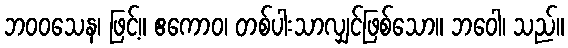
ဘဝဝသေန၊ ဖြင့်။ ဧကောဝ၊ တစ်ပါးသာလျှင်ဖြစ်သော။ ဘဝေါ၊ သည်။